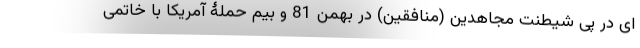
ای در پی شیطنت مجاهدین (منافقین) در بهمن 81 و بیم حملۀ آمریکا با خاتمی